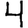
Digit: 4